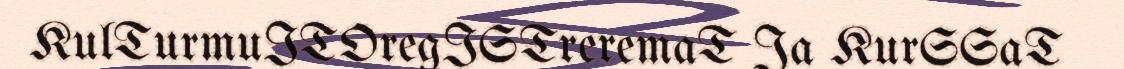
KulTurmuITOregISTreremaT Ja KurSSaT